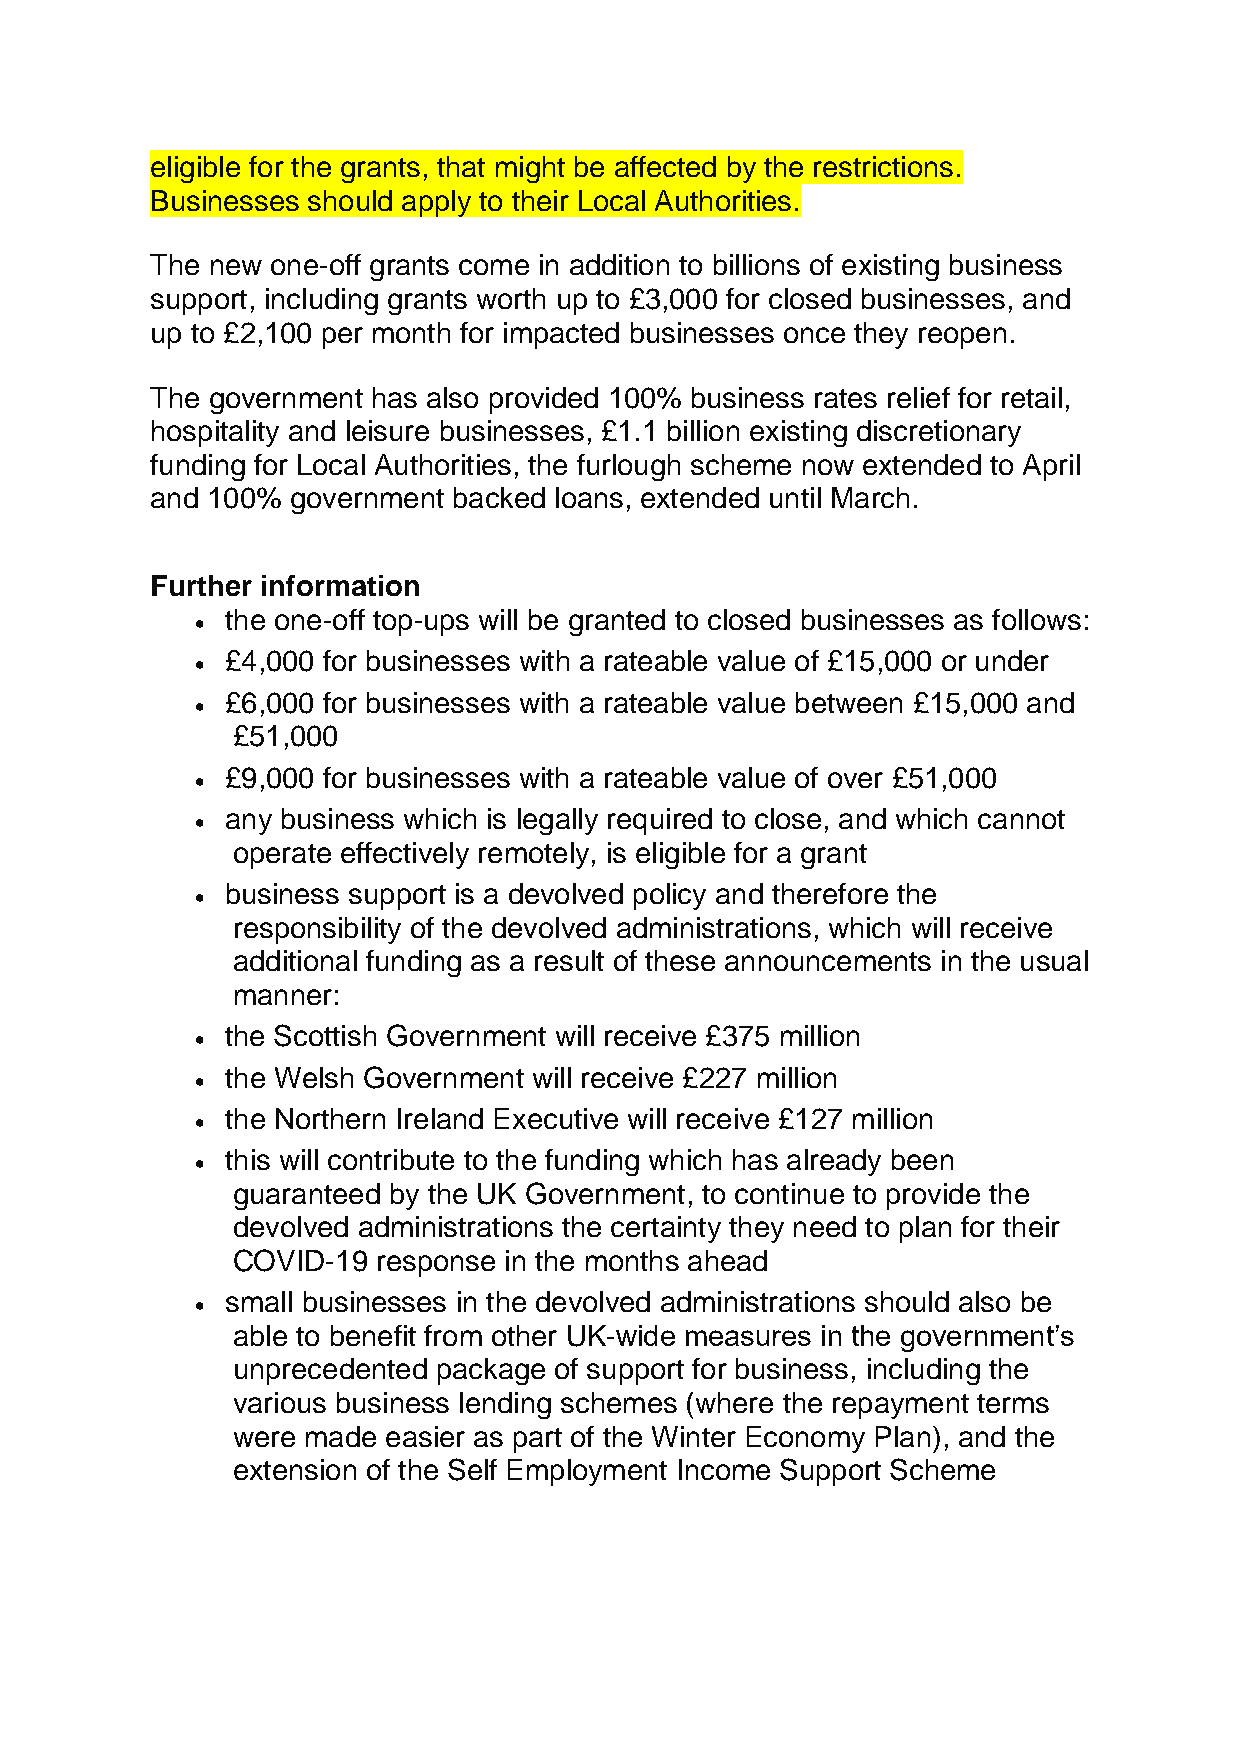
eligible for the grants, that might be affected by the restrictions.
 Businesses should apply to their Local Authorities.
 The new one-off grants come in addition to billions of existing business
 support, including grants worth up to £3,000 for closed businesses, and
 up to £2,100 per month for impacted businesses once they reopen.
 The government has also provided 100% business rates relief for retail,
 hospitality and leisure businesses, £1.1 billion existing discretionary
 funding for Local Authorities, the furlough scheme now extended to April
 and 100% government backed loans, extended until March.
 Further information
 the one-off top-ups will be granted to closed businesses as follows:
 
 £4,000 for businesses with a rateable value of £15,000 or under
 
 £6,000 for businesses with a rateable value between £15,000 and
 
 £51,000
 £9,000 for businesses with a rateable value of over £51,000
 
 any business which is legally required to close, and which cannot
 
 operate effectively remotely, is eligible for a grant
 business support is a devolved policy and therefore the
 
 responsibility of the devolved administrations, which will receive
 additional funding as a result of these announcements in the usual
 manner:
 the Scottish Government will receive £375 million
 
 the Welsh Government will receive £227 million
 
 the Northern Ireland Executive will receive £127 million
 
 this will contribute to the funding which has already been
 
 guaranteed by the UK Government, to continue to provide the
 devolved administrations the certainty they need to plan for their
 COVID-19  response in the months ahead
 small businesses in the devolved administrations should also be
 
 able to benefit from other UK-wide measures in the government’s
 unprecedented package of support for business, including the
 various business lending schemes (where the repayment terms
 were made easier as part of the Winter Economy Plan), and the
 extension of the Self Employment Income Support Scheme